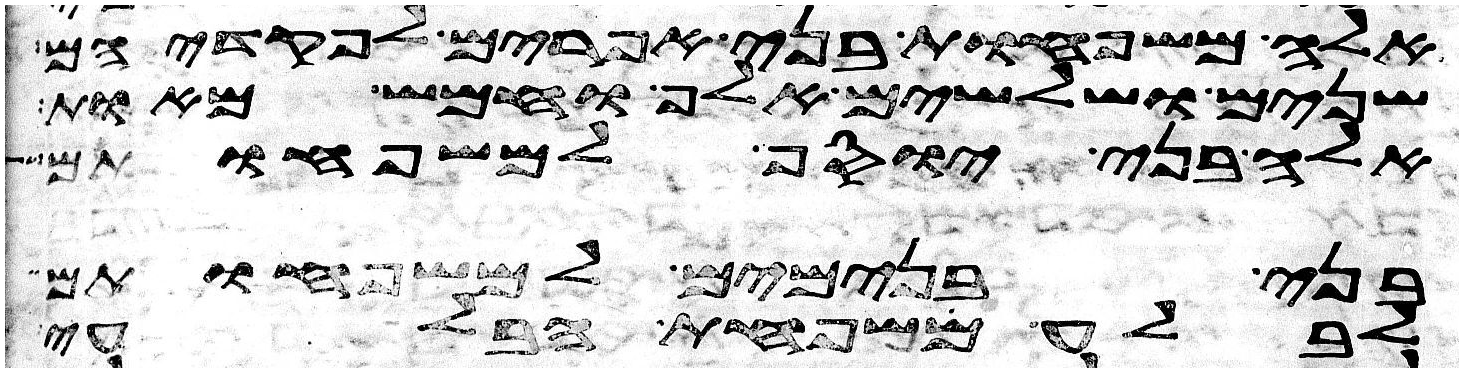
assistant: אלה משפחות בני אפרים לפקדיהם
שנים ושלשים אלף וחמש מאות
אלה בני יוסף למשפחותם
בני בנימים למשפחותם
לבלע משפחת הבלעי